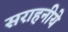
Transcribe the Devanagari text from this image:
सराहनीये